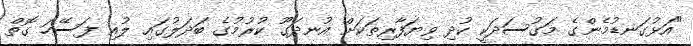
"އަޅުގަނޑުމެންގެ މަގުސަދަކީ ކުދި ވިޔަފާރިތަކަށް އުނދަގޫ ކުރުމުގެ ބަދަލުގައި ލުއި ފަސޭހަ ގޮތް